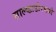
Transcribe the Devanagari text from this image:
साल्व्हाडोरमध्ये